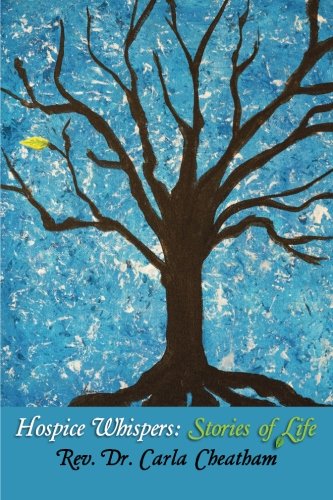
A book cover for Hospice Whispers: Stories of Life; Rev Dr. Carla Cheatham; Self-Help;